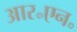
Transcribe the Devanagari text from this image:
आर॰एन॰